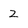
Character: 2